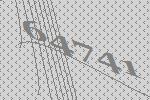
64741